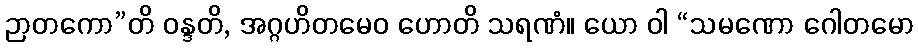
ဉာတကော”တိ ဝန္ဒတိ, အဂ္ဂဟိတမေဝ ဟောတိ သရဏံ။ ယော ဝါ “သမဏော ဂေါတမော